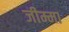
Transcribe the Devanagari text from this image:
जीम्मा